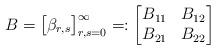
LaTeX: \begin{align*} B =\big[\beta_{r,s}\big]_{r,s = 0}^{\infty}=:\begin{bmatrix} B_{11} & B_{12} \\ B_{21} & B_{22} \end{bmatrix} \end{align*}